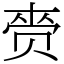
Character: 赍